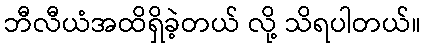
ဘီလီယံအထိရှိခဲ့တယ် လို့ သိရပါတယ်။